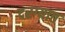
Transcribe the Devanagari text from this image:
दरग्यात